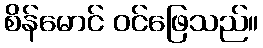
စိန်မောင် ဝင်ဖြေသည်။